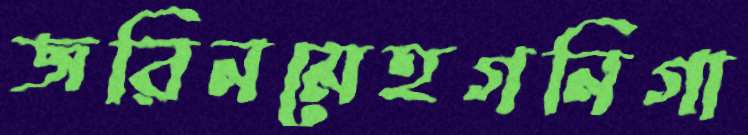
জরিনমেহগনিগা